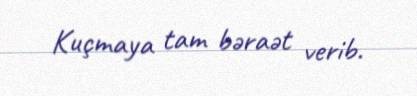
Kuçmaya tam bəraət verib.